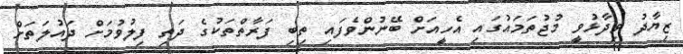
ޒިޔާދު ވިދާޅުވީ މުޖުތަމައުގައި އެހީއަށް ބޭނުންވެފައި ތިބި ފަރާތްތަކުގެ ދަތި ފިލުވުމަށް ދައުލަތަށް